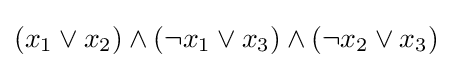
(x_{1}\vee x_{2})\wedge (\neg x_{1}\vee x_{3})\wedge (\neg x_{2}\vee x_{3})